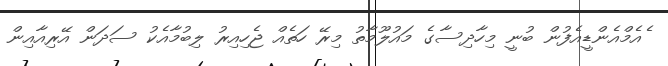
ެެއެމްއެންޑީއެފުން ބުނީ މިހާދިސާގެ މައުލޫމާތު މިރޭ ހަތެއް ޖެހިއިރު ލިބުމާއެކު ސަދަން އޭރިއާއިން